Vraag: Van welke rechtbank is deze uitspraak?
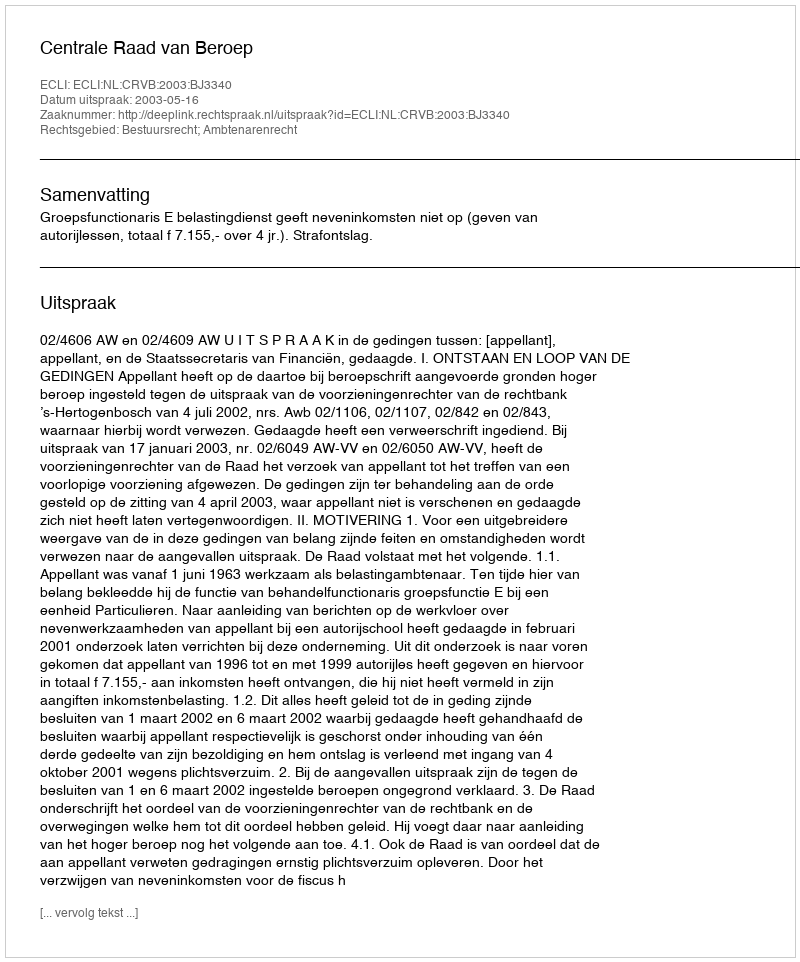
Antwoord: Centrale Raad van Beroep